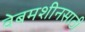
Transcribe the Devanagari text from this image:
वेबमशीनसाठी